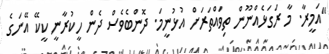
"އަމީރާ. މާ ރަގަޅެއްނޫން ތިވައްތަރަށް އުޅުނީމަ. ދޮންބެވެސް ދެން ހީކުރާނީ ކީކޭ އޭނަގެ